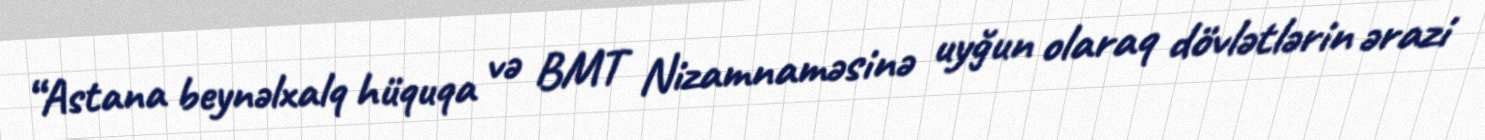
“Astana beynəlxalq hüquqa və BMT Nizamnaməsinə uyğun olaraq dövlətlərin ərazi